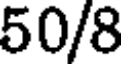
50/8